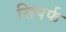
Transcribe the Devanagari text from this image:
सिपर्फ